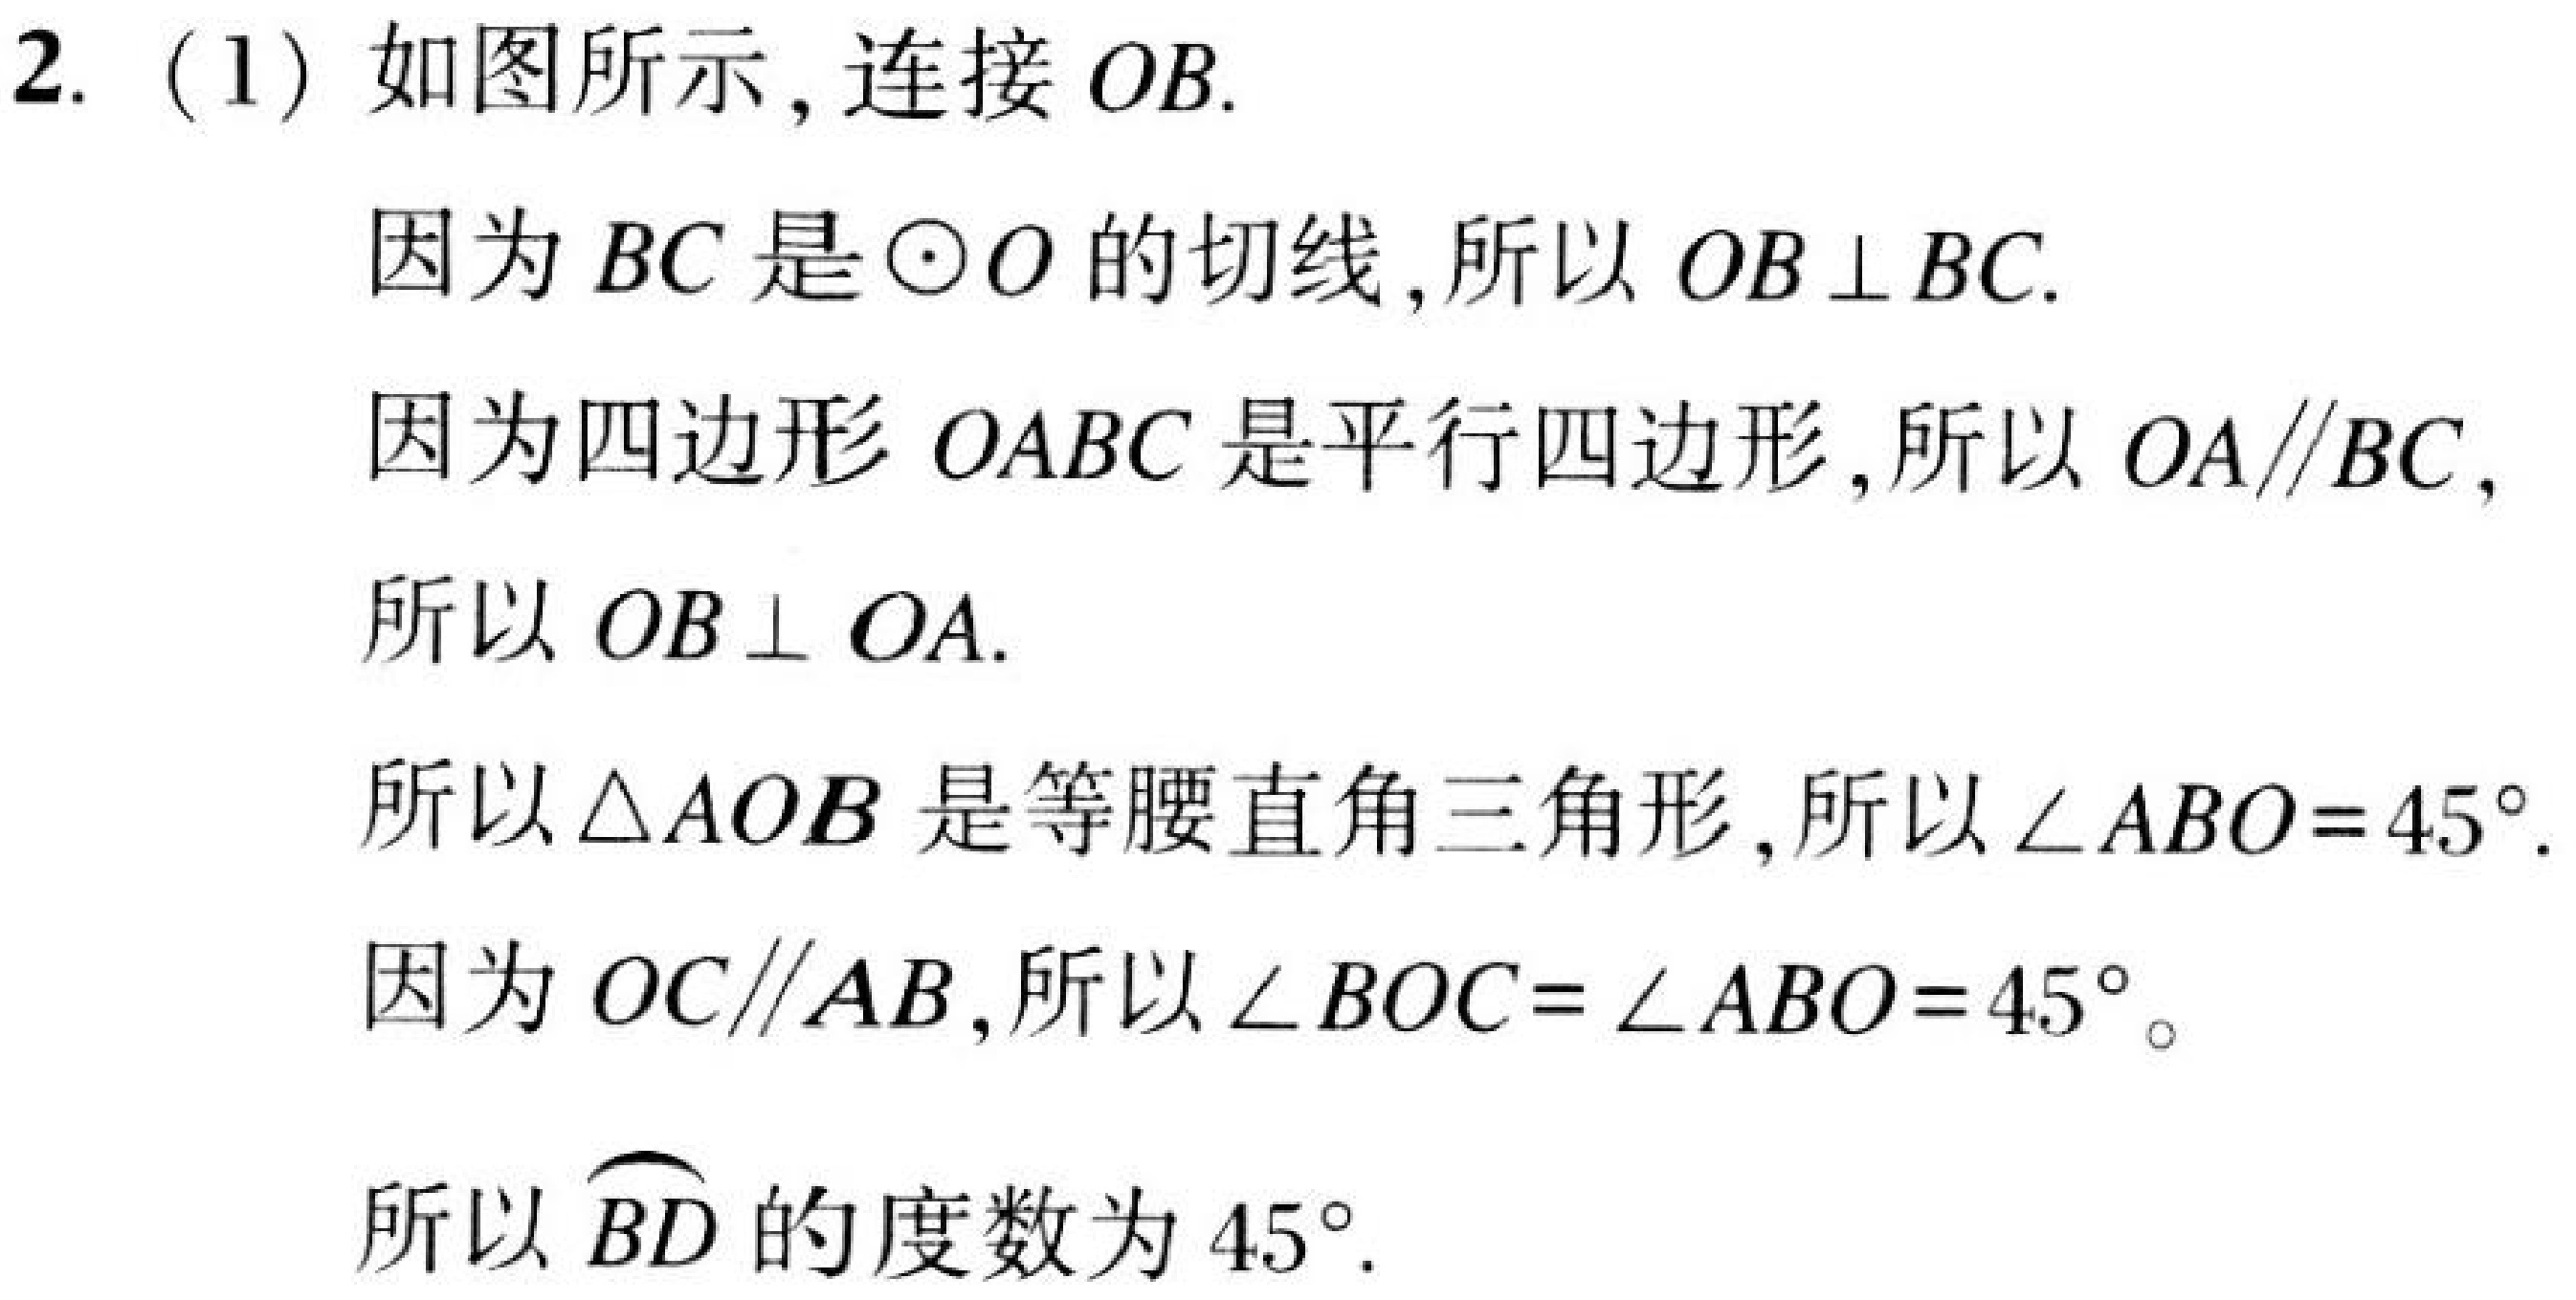
2.（1）如图所示，连接\(OB\).
因为\(BC\)是\(\odot O\)的切线，所以\(OB\perp BC\).
因为四边形\(OABC\)是平行四边形，所以\(OA\parallel BC\)，
所以\(OB\perp OA\).
所以\(\triangle AOB\)是等腰直角三角形，所以\(\angle ABO = 45^{\circ}\).
因为\(OC\parallel AB\)，所以\(\angle BOC=\angle ABO = 45^{\circ}\)。
所以\(\overset{\frown}{BD}\)的度数为\(45^{\circ}\).